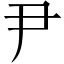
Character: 尹